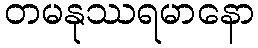
တမနုဿရမာနော